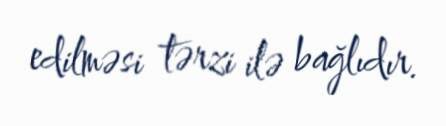
edilməsi tərzi ilə bağlıdır.